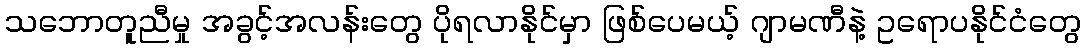
သဘောတူညီမှု အခွင့်အလန်းတွေ ပိုရလာနိုင်မှာ ဖြစ်ပေမယ့် ဂျာမဏီနဲ့ ဥရောပနိုင်ငံတွေ